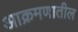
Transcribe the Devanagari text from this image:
आक्रमणातील